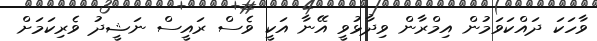
ވާހަކަ ދައްކަވަމުން އިމްރާން ވިދާޅުވީ އޭނާ އަކީ ވެސް ރައީސް ނަޝީދު ވެރިކަމަށް